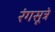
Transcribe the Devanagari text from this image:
रंगसूत्रे